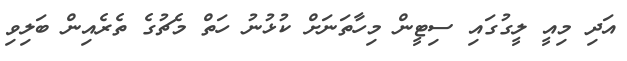
އަދި މިއީ ލީގުގައި ސިޓީން މިހާތަނަށް ކުޅުނު ހަތް މެޗުގެ ތެރެއިން ބަލިވި